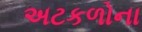
અટકળોના